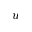
u